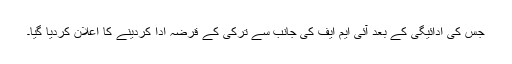
جس کی ادائیگی کے بعد آئی ایم ایف کی جانب سے ترکی کے قرضہ ادا کردینے کا اعلان کردیا گیا۔